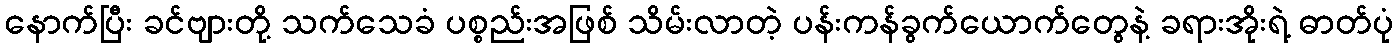
နောက်ပြီး ခင်ဗျားတို့ သက်သေခံ ပစ္စည်းအဖြစ် သိမ်းလာတဲ့ ပန်းကန်ခွက်ယောက်တွေနဲ့ ခရားအိုးရဲ့ ဓာတ်ပုံ